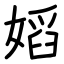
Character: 嫍